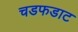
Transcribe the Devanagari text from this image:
चडफडाट